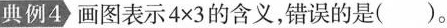
典例4 画图表示$$4\times 3$$的含义，错误的是()。